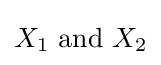
X_{1}{\text{ and }}X_{2}